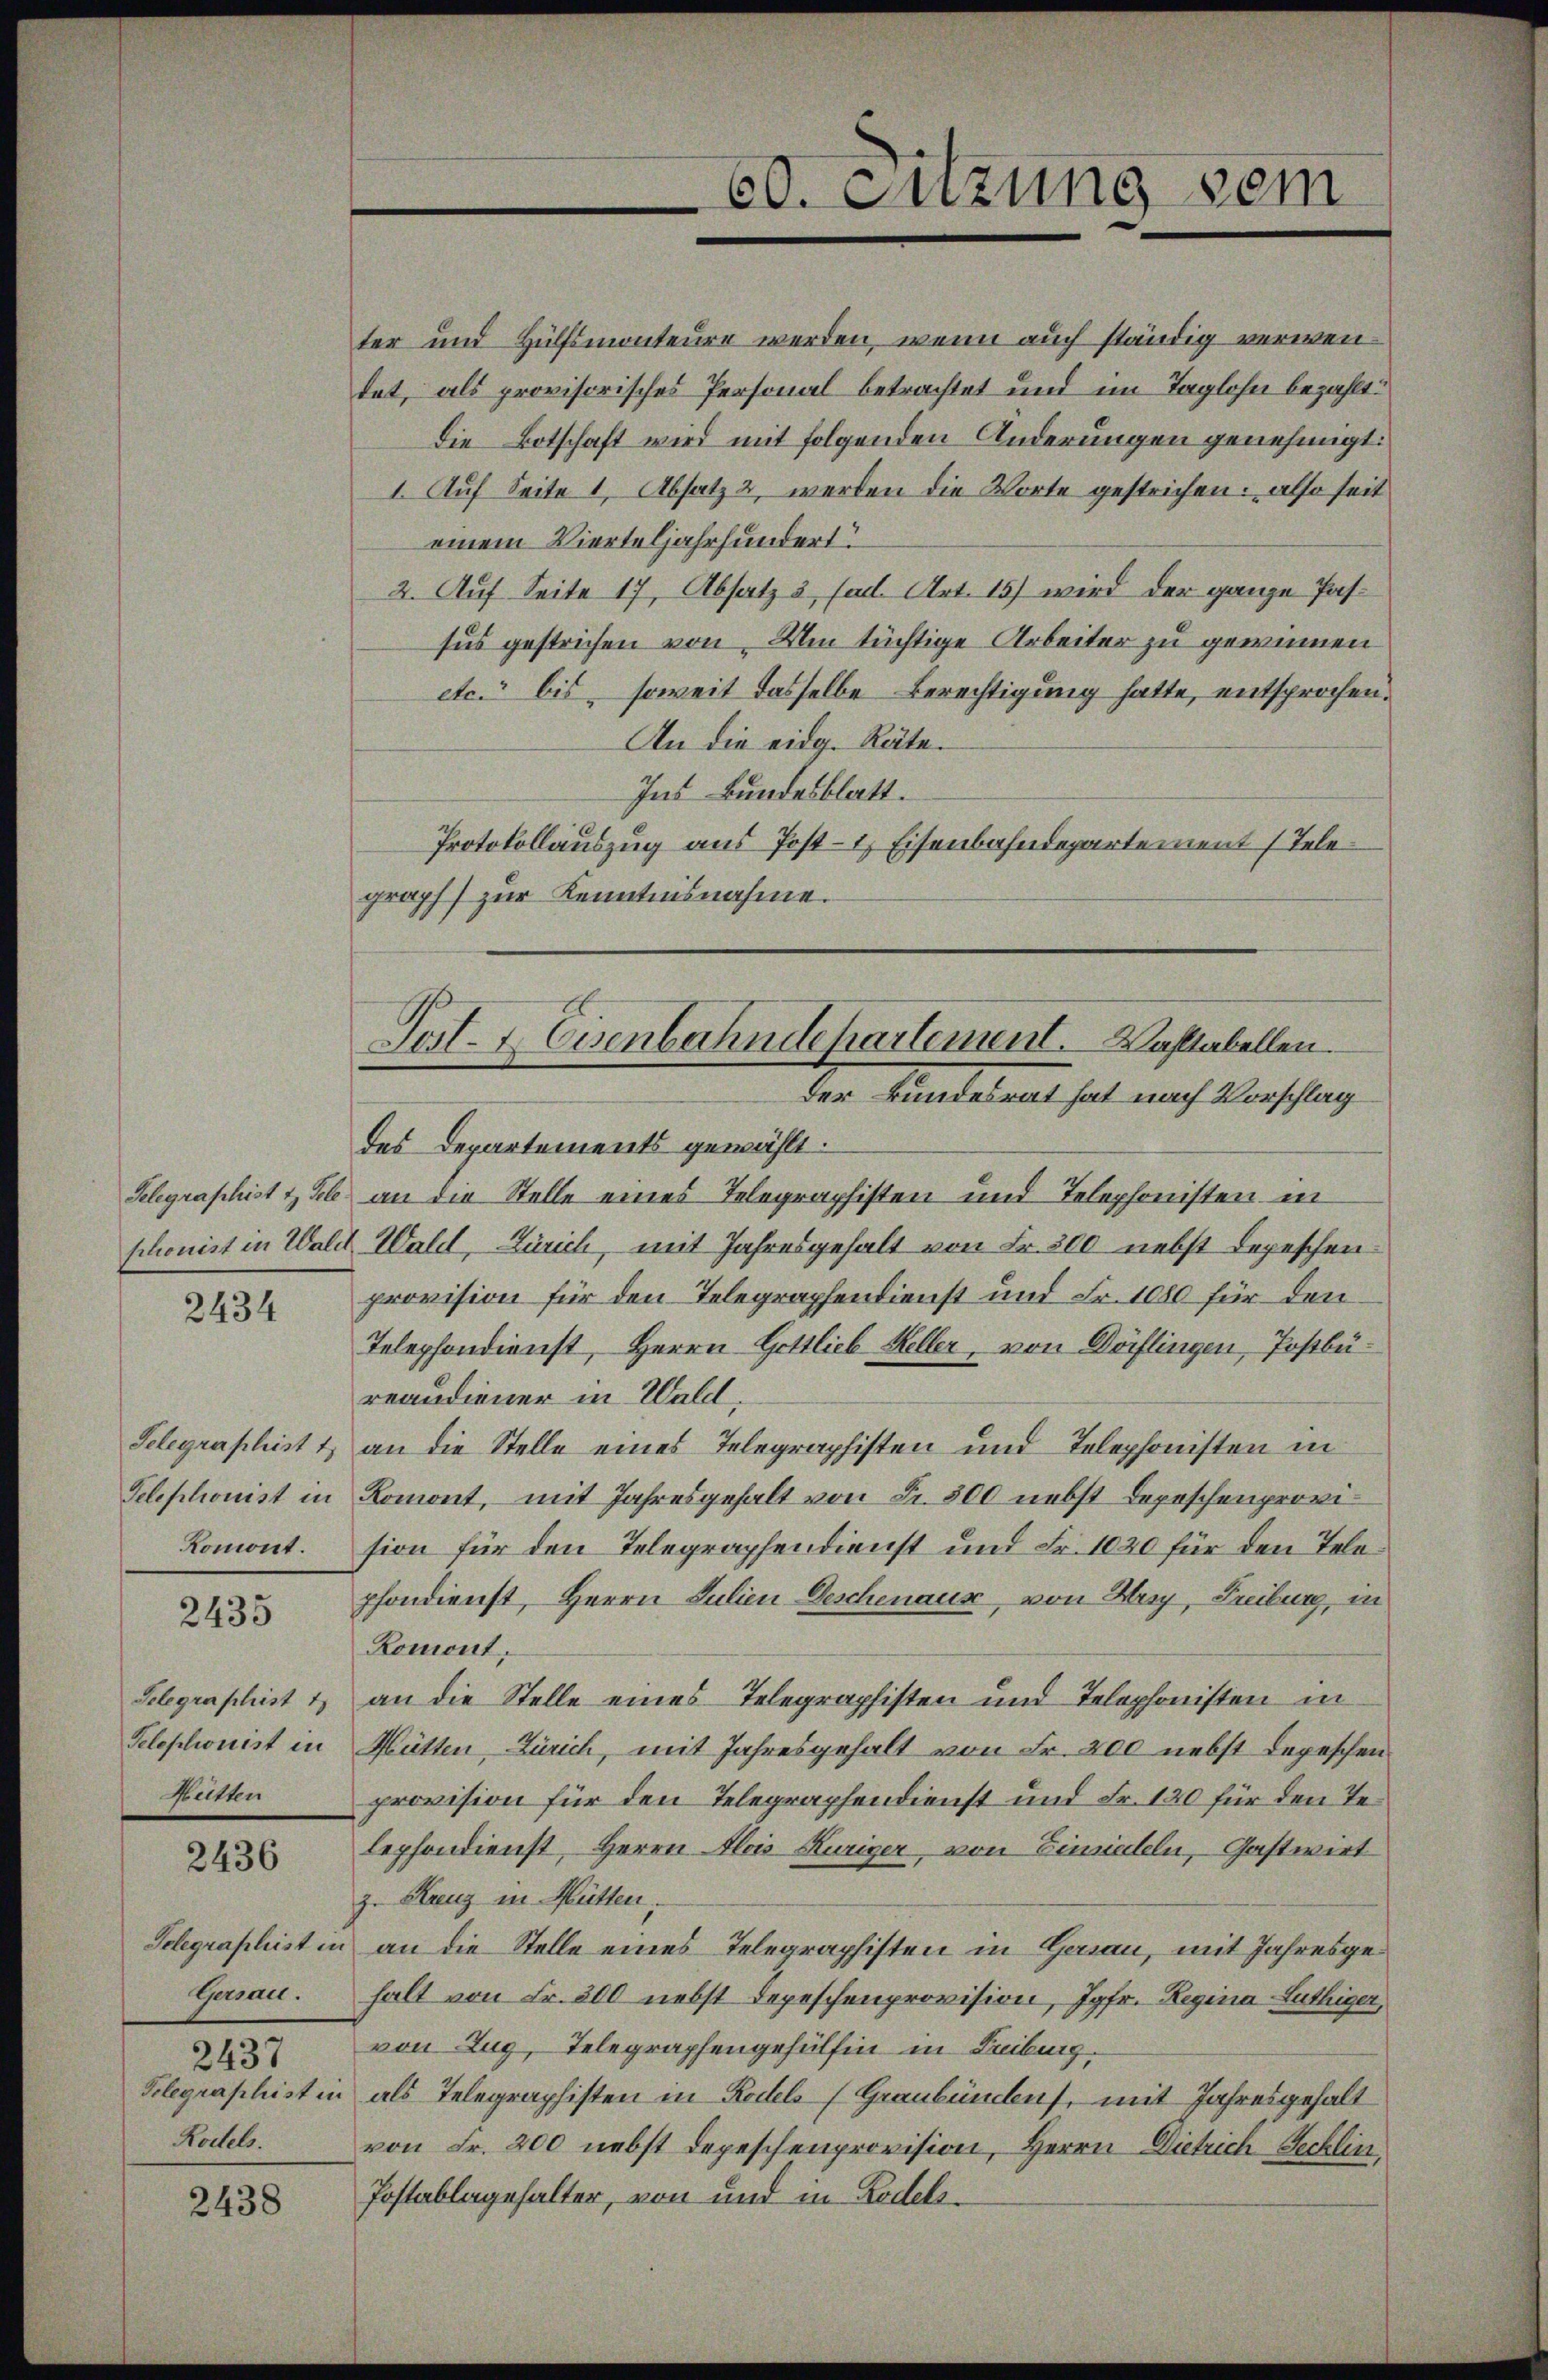
Gelegraphist t Sele.

2434

Telegraphist 1
Telephonist in
Komont.

2435

Telegraphist 1
Telephonist in
Beltten

2436

Telegraphist in
Genau.
2437
Telegraphist in
Hodels.

2438

60. Fuzung sem

ter und Hülfsmonteure werden, wenn auch ständig verwendet, als provisorisches Personal betrachtet und im Taglohn bezahlt.
Die Botschaft wird mit folgenden Änderungen genehmigt:
1. Auf Seite 1, Absatz 2 werden die Worte gestrichen; also seit
einem Vierteljahrhundert.
2. Auf Seite 17, Absatz 3 (ad. Art. 15) wird der ganze Passus gestrichen von. Um tüchtige Arbeiter zu gewinnen
etc. bis, soweit dasselbe Berechtigung hatte, entsprochen.
An die eidg. Räte.
Ins Bundesblatt.
Protokollauszug aus Post- & Eisenbahndepartement Telegraph zur Kenntnisnahme.
des Departements gewählt.
an die Stelle eines Telegraphisten und Telephonisten in
schonist in Wald Wald, Zürich, mit Jahresgehalt von Fr. 300 nebst Depeschen
provision für den Telegraphendienst und Fr. 1000 für den
Telephondienst, Herrn Gottlieb Heller, von Dörflingen, Postbüreaudiener in Wald,
an die Stelle eines Telegraphisten und Telephonisten in
Romont, mit Jahresgehalt von Fr. 800 nebst Depeschenprovision für den Telegraphendienst und Fr. 1020 für den Telepfondienst, Herrn Julien Geschenaus, von Herz, Freiburg, in
Romont,
an die Stelle eines Telegraphisten und Telephonisten in
Mütten Zürich, mit Jahresgehalt von Fr. 200 nebst depeschen
provision für den Telegraphendienst und Fr. 120 für den Telephondienst, Herrn Alois Kuriger, von Einsiedeln, Gastwirt
z. Haug in Mütten.
an die Stelle eines Telegraphisten in Garan, mit Jahresgehalt von Fr. 300 nebst Depeschenprovision, Jgfr. Regina Luthiger,
von Zug, Telegraphengehülfen in Freiburg.
als Telegraphisten in Rodels (Graubünden, mit Jahresgehalt
von Fr. 200 nebst Depeschenprovision, Herrn Dietrich Secklin,
Postablagehalter, von und in Rodels¬

Post. I. Eisenbahndepartement. Waltabellen.
Der Bundesrat hat nach Vorschlag